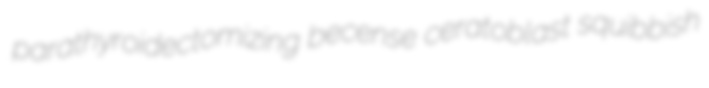
parathyroidectomizing becense ceratoblast squibbish